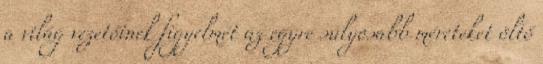
a világ vezetőinek figyelmét az egyre súlyosabb méreteket öltő